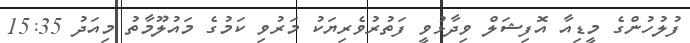
ފުލުހުންގެ މީޑިއާ އޮފިޝަލް ވިދާޅުވީ ފަތުރުވެރިޔަކު މަރުވި ކަމުގެ މައުލޫމާތު މިއަދު 15:35